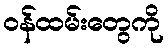
ဝန်ထမ်းတွေကို